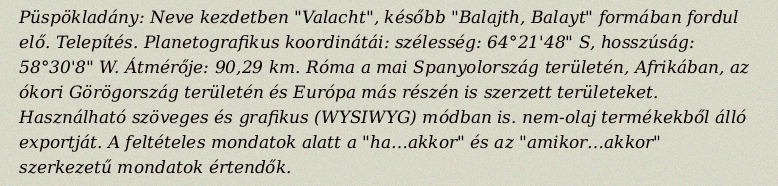
Püspökladány: Neve kezdetben "Valacht", később "Balajth, Balayt" formában fordul elő. Telepítés. Planetografikus koordinátái: szélesség: 64°21'48" S, hosszúság: 58°30'8" W. Átmérője: 90,29 km. Róma a mai Spanyolország területén, Afrikában, az ókori Görögország területén és Európa más részén is szerzett területeket. Használható szöveges és grafikus (WYSIWYG) módban is. nem-olaj termékekből álló exportját. A feltételes mondatok alatt a "ha…akkor" és az "amikor…akkor" szerkezetű mondatok értendők.